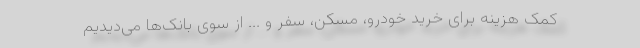
کمک هزینه برای خرید خودرو، مسکن، سفر و ... از سوی بانک‌ها می‌دیدیم